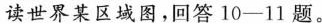
读世界某区域图。回答10-11题。